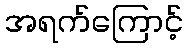
အရက်ကြောင့်